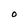
Character: O